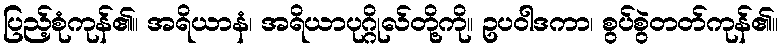
ပြည့်စုံကုန်၏။ အရိယာနံ၊ အရိယာပုဂ္ဂိုလ်တို့ကို။ ဥပဝါဒကာ၊ စွပ်စွဲတတ်ကုန်၏။